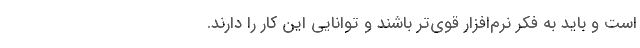
است و باید به فکر نرم‌افزار قوی‌تر باشند و توانایی این کار را دارند.